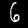
Digit: 6